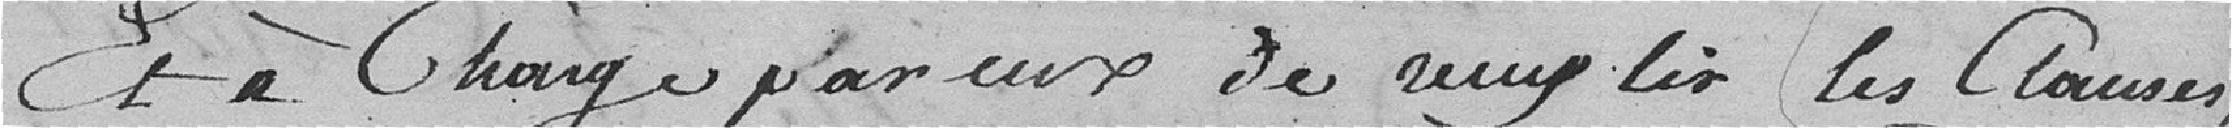
Et à charge par eux de remplir les clauses,